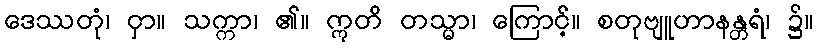
ဒေဿတုံ၊ ငှာ။ သက္ကာ၊ ၏။ ဣတိ တသ္မာ၊ ကြောင့်။ စတုဗျူဟာနန္တရံ၊ ၌။